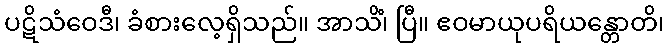
ပဋိသံဝေဒီ၊ ခံစားလေ့ရှိသည်။ အာသိံ၊ ပြီ။ ဧဝမာယုပရိယန္တောတိ၊